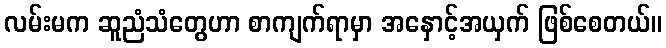
လမ်းမက ဆူညံသံတွေဟာ စာကျက်ရာမှာ အနှောင့်အယှက် ဖြစ်စေတယ်။